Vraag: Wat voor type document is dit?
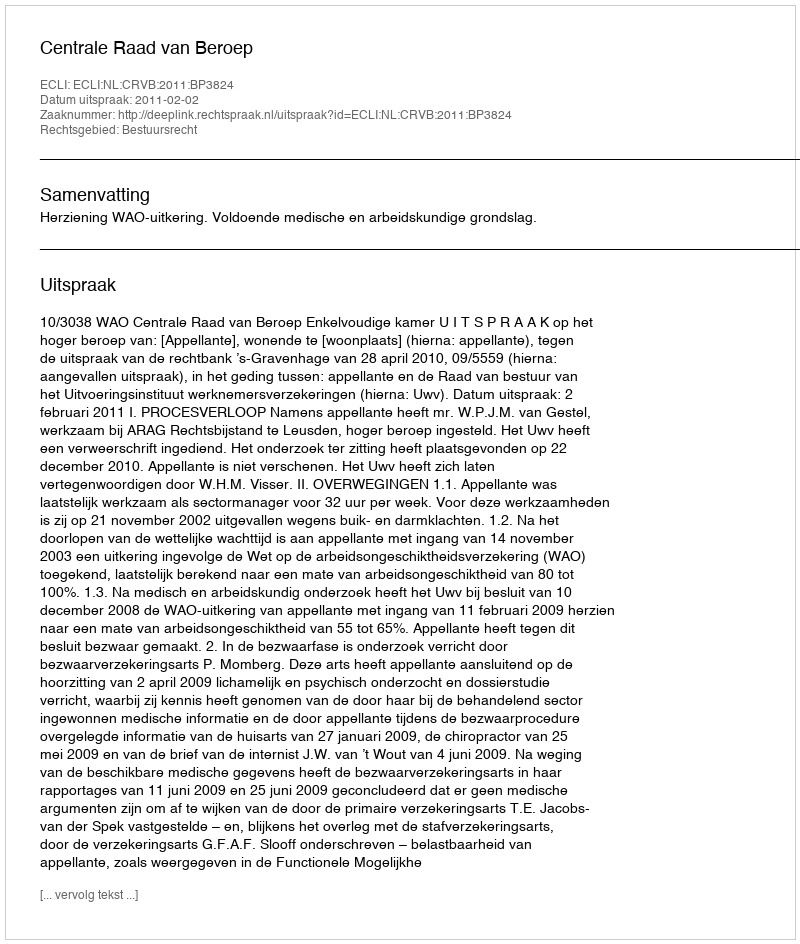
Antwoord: Uitspraak